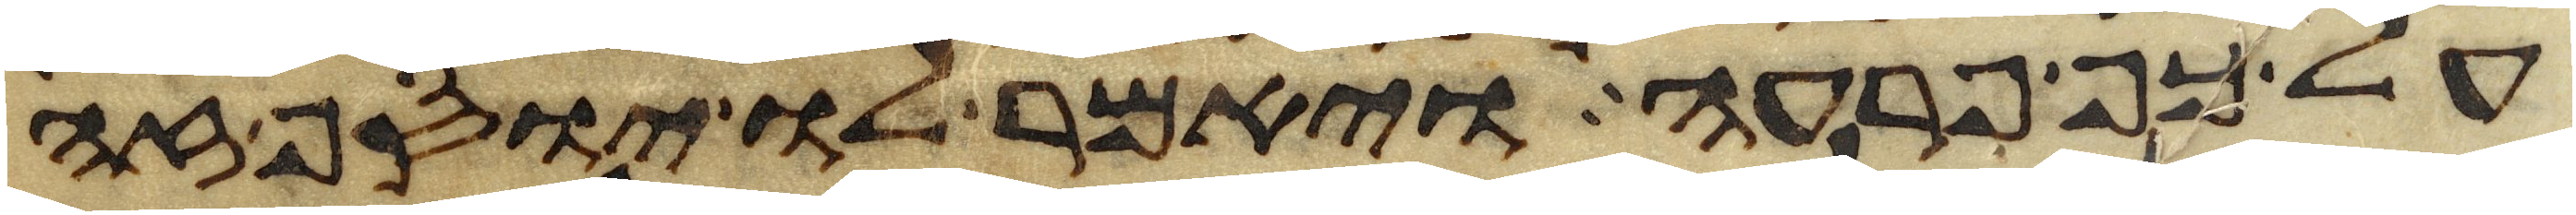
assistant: על כף פרעה ויאמר לו יוסף זה